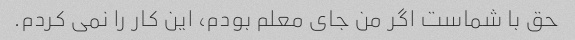
حق با شماست اگر من جای معلم بودم، این کار را نمی کردم.